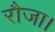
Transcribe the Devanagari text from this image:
रौजा।